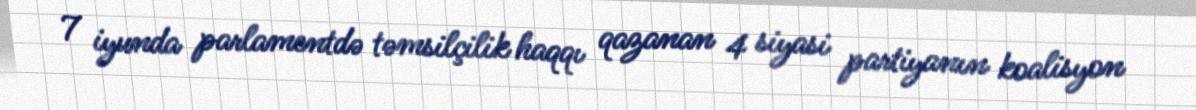
7 iyunda parlamentdə təmsilçilik haqqı qazanan 4 siyasi partiyanın koalisyon